Madras marine plague regulations
Disease focus: Plague
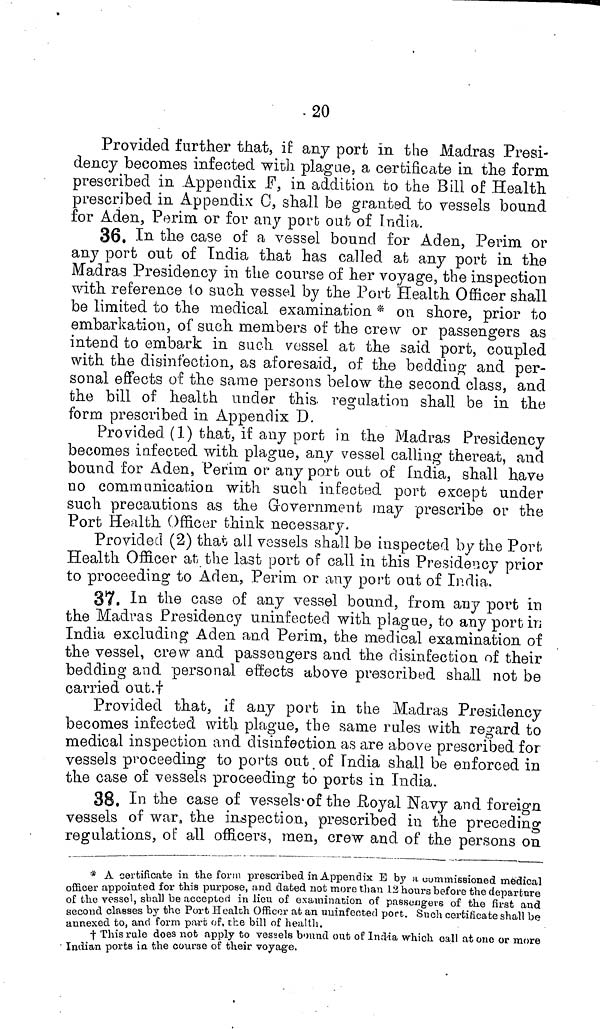
20
Provided further that, if any port in the Madras Presi-
dency becomes infected wich plague, a certificate in the form
prescribed in Appendix F, in addition to the Bill of Health
prescribed in Appendix C, shall be granted to vessels bound
for Aden, Perim or for any port out of India.
36. In the case of a vessel bound for Aden, Perim or
any port out of Tndia that has called at any port in the
Madras Presidency in the course of her voyage, the inspection
with reference to such vessel by the Port Health Officer shall
be limited to the medical examination * on shore, prior to
embarkation, of such members of the crew or passengers as
intend to embark in such vessel at the said port, coupled
with the disinfection, as aforesaid, of the bedding and per-
sonal effects of the same persons below the second class, and
the bill of health under this, regulation shall be in the
form prescribed in Appendix D.
Provided (1) that, if any port in the Madras Presidency
becomes infected with plague, any vessel calling thereat, and
bound for Aden, Perim or any porb out of India, shall have
no communication with such infected port except under
such precautions as the Government may prescribe or the
Port Health Officer think necessary.
Provided (2) that all vessels shall be inspected by the Port
Health Officer at the last port of call in this Presidency prior
to proceeding to Aden, Perim or any port out of India.
37. In the case of any vessel bound, from any port in
the Madras Presidency uninfectecl with plague, to any port in;
India excluding Aden and Perim, the medical examination of
the vessel, crew and passengers and the disinfection of their
bedding and personal effects above prescribed shall not be
carried out.†
Provided that, if any port in the Madras Presidency
becomes infected with plague, the same rules with regard to
medical inspection and disinfection as are above prescribed for
vessels proceeding to ports out of India shall be enforced in
the case of vessels proceeding to ports in India.
38. In the case of vessels of the Royal Navy and foreign
vessels of war, the inspection, prescribed in the preceding
regulations, of all officers, men, crew and of the persons on
* A certificate in the form prescribed in Appendix E by a commissioned medical
officer appointed for this purpose, and dated not more than 12 hours before the departure
of the vessel, shall be accepted in lieu of examination of passougers of the first and
second classes by the Port Health Officer at an uninfected port. Such certificate shall be
annexed to, and form part of. the bill of health.
† This rule does not apply to vessels bound out of India which call at one or more
Indian ports in. the course of their voyage.